Memorandum on the prevention of leprosy by segregation of the affected
Disease focus: Leprosy
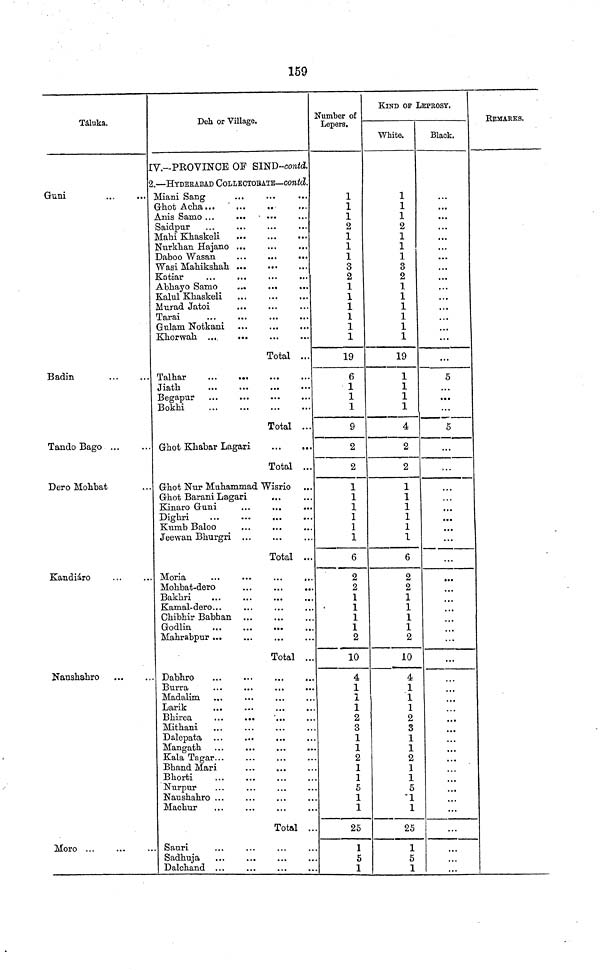
159
Táluka.
Guni
Badin
Tando Bago ...
Dero Molibat
Kandiáro
Nausbabro
Moro ...
Deh or Village.
IV.-PHOVINOE OF SIND-contá.
2.—HYDERABAD COLLECTOBATE—contd.
Miani Sang
Gbot Aclia...
...
Saidpur
Mabi Kbaskeli
Nurkban Hajano ...
...
...
Daboo Wasan
...
...
...
Wasi Mabiksbab
Katiar
Abbayo Samo
Kalul Kbaskeli
Murad Jatoi
Tarai
Gulam Notkani
Total ...
.. Talbar
Jiatb
Begapur
Bokbi
Total ...
Gbot Kbabar Lagari
Total ...
.. Gbot Nur Mubammad Wisrio
Gbot Barani Lagari
...
Kinaro Guni
Kumb Baloo
Jeewan Bburgri
Total ..
.. Moria
...
...
...
,.
Mobbat-dero
...
Bakbri
Kamal-dero...
Cbibbir Babhan
Godlin
Mabrabpur ...
Total ..
... Dabbro
Madalim
Larik
Bbirea
...
...
Mitbani
Dalepata
Mangatb
Kala Tagar...
Bband Mari
Bborti
Nurpur
Nausbabro ...
Machur
Total .
... Sauri
Sadbuja
Dalcband ...
Number of
Lepers,
1
1
1
2
1
1
1
3
2
1
1
1
1
1
1
19
6
1
1
1
9
2
2
1
1
1
1
1
1
6
2
2
1
1
1
1
2
10
4
1
1
1
2
3
1
1
2
1
1
5
1
1
25
1
5
1
KIND OF LEPROSY.
White.
1
1
1
2
1
1
1
3
2
1
1
1
1
1
1
19
1
1
1
1
4
2
2
1
1
1
1
1
1
6
2
2
1
1
1
1
2
10
4
1
1
1
2
3
1
1
2
1
1
5
1
1
25
1
5
1
Black.
...
...
5
5
...
...
...
...
...
*
...
...
...
...
...
KEMARKS.